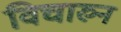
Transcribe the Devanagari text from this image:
विचारुन